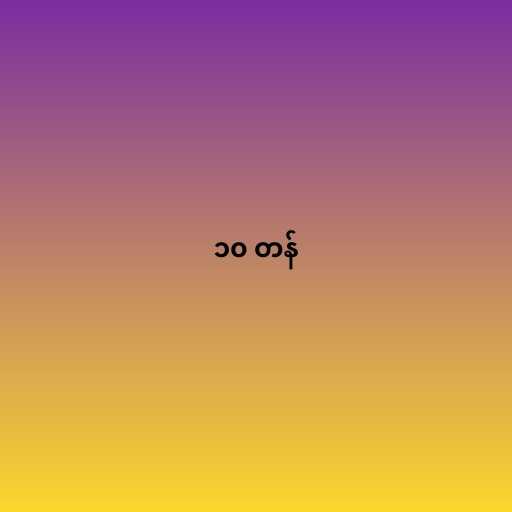
၁၀ တန်